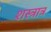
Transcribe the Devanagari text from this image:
शस्त्रात्र